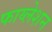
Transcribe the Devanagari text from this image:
फाय्लेशन